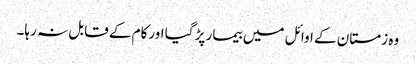
وہ زمستان کے اوائل میں بیمار پڑ گیا اورکام کے قابل نہ رہا۔